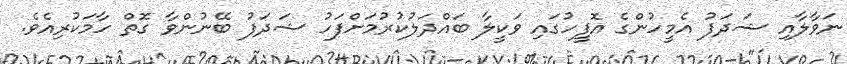
ނަވާލާއި ޝަދަފު އެމީހުންގެ އޮފީހުގައި ވަކީލާ ބައްދަލުކުރުމަށްފަހު ޝަދަފު ބޭނުންވާ ގޮތް ހާމަކުރިއެވެ.